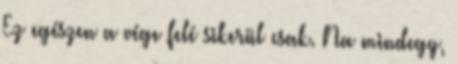
Ez egészen a vége felé sikerül csak. Na mindegy,